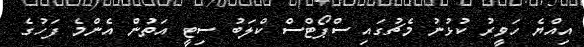
އިއްޔެ ހަވީރު ކުޅުނު މެޗުގައި ސްޕޯޓްސް ކްލަބު ސިޓީ އަތުން އެންމެ ފަހުގެ